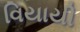
વિયાયી